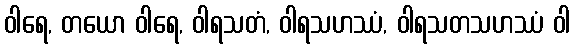
ဝါရေ, တယော ဝါရေ, ဝါရသတံ, ဝါရသဟဿံ, ဝါရသတသဟဿံ ဝါ